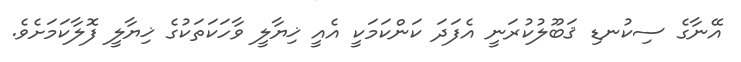
އޭނާގެ ސިކުނޑި ޤަބޫލުކުރަނީ އެފަދަ ކަންކަމަކީ އެއީ ޚިޔާލީ ވާހަކަތަކުގެ ޚިޔާލީ ފޮލާކަމަށެވެ.